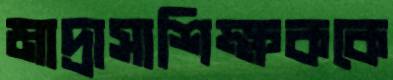
মাদ্রাসাশিক্ষককে